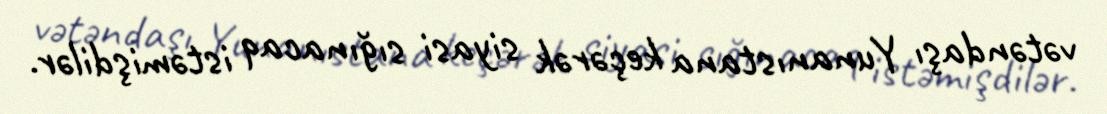
vətəndaşı Yunanıstana keçərək siyasi sığınacaq istəmişdilər.